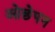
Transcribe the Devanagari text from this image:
ओछेपन